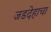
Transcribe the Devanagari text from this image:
जडदेहाचा